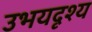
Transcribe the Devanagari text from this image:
उभयदृश्य